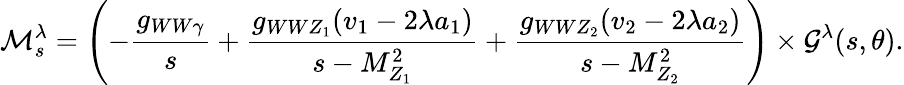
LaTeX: {\cal M}_{s}^{\lambda}=\left(-\frac{g_{WW\gamma}}{s}+\frac{g_{WWZ_{1}}(v_{1}-2\lambda a_{1})}{s-M_{Z_{1}}^{2}}+\frac{g_{WWZ_{2}}(v_{2}-2\lambda a_{2})}{s-M_{Z_{2}}^{2}}\right)\times{\cal G}^{\lambda}(s,\theta).